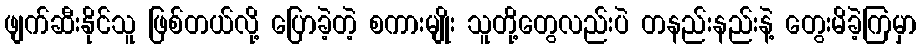
ဖျက်ဆီးနိုင်သူ ဖြစ်တယ်လို့ ပြောခဲ့တဲ့ စကားမျိုး သူတို့တွေလည်းပဲ တနည်းနည်းနဲ့ တွေးမိခဲ့ကြမှာ